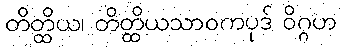
တိတ္ထိယ၊ တိတ္ထိယသာဝကပုဒ် ဝိဂ္ဂဟ